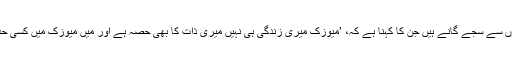
سونو نگم کے سُروں سے سجے گانے ہیں جن کا کہنا ہے کہ، ’میوزک میری زندگی ہی نہیں میری ذات کا بھی حصہ ہے اور میں میوزک میں کسی حد بندی کا قائل نہیں۔